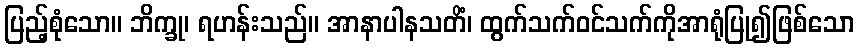
ပြည့်စုံသော။ ဘိက္ခု၊ ရဟန်းသည်။ အာနာပါနသတိံ၊ ထွက်သက်ဝင်သက်ကိုအာရုံပြု၍ဖြစ်သော